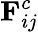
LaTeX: \textbf{F}_{ij}^{c}